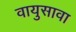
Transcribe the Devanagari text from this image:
वायुसावा